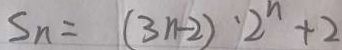
S _ { n } = ( 3 n - 2 ) ^ { \prime } 2 ^ { n } + 2